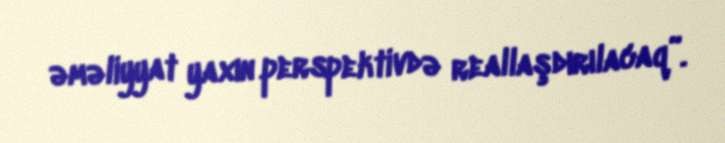
əməliyyat yaxın perspektivdə reallaşdırılacaq”.